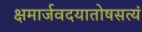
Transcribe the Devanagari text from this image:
क्षमार्जवदयातोषसत्यं